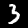
Digit: 3